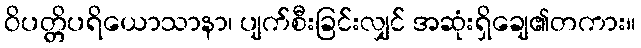
ဝိပတ္တိပရိယောသာနာ၊ ပျက်စီးခြင်းလျှင် အဆုံးရှိချေ၏တကား။